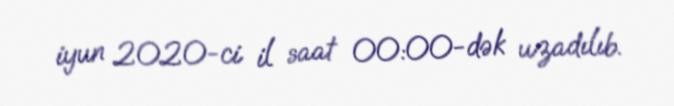
iyun 2020-ci il saat 00:00-dək uzadılıb.